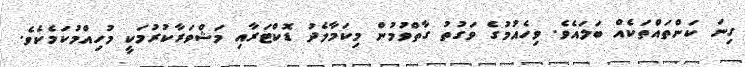
ގިނަ ކަންތައްތަކެއް ބަލައެވެ. ވިހެއުމުގެ ވަގުތު ގާތްވުމުން މިކަމާމެދު ޑޮކްޓަރާއި މަޝްވަރާކުރުމަކީ މުހިއްމުކަމެކެވެ.